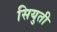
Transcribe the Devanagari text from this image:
सियुती